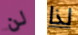
لن لذا